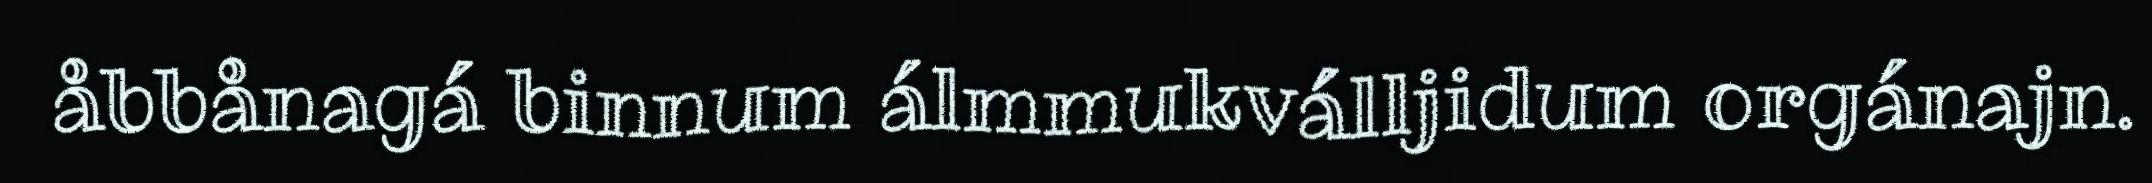
åbbånagá binnum álmmukválljidum orgánajn.